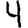
Digit: 4